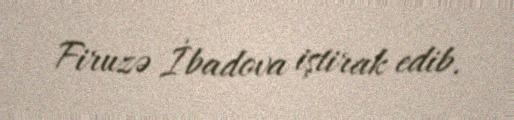
Firuzə İbadova iştirak edib.